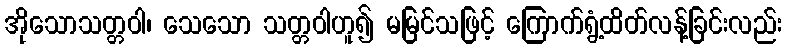
အိုသောသတ္တဝါ၊ သေသော သတ္တဝါဟူ၍ မမြင်သဖြင့် ကြောက်ရွံ့ထိတ်လန့်ခြင်းလည်း